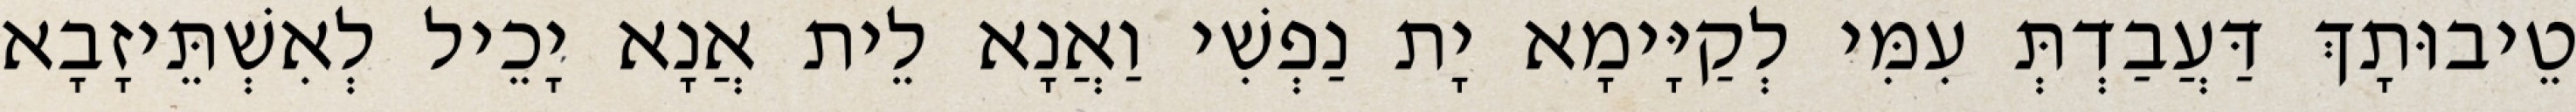
טֵיבוּתָךְ דַּעֲבַדְתְּ עִמִּי לְקַיָּימָא יָת נַפְשִׁי וַאֲנָא לֵית אֲנָא יָכֵיל לְאִשְׁתֵּיזָבָא